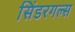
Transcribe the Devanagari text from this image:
सिंडरगल्स